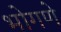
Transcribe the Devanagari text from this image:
भोगणे